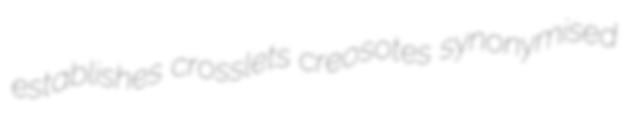
establishes crosslets creosotes synonymised